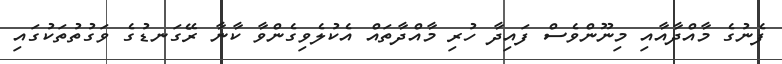
ފެނުގެ މާއްދާއާއި މިނޫންވެސް ފައިދާ ހުރި މާއްދާތައް އެކުލެވިގެންވާ ކާނާ ރޭގަނޑުގެ ވަގުތުތަކުގައި